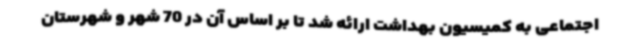
اجتماعی به کمیسیون بهداشت ارائه شد تا بر اساس آن در 70 شهر و شهرستان